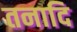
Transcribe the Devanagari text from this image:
तनादि